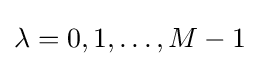
\lambda =0,1,\dots ,M-1